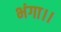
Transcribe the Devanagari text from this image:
भंगा।।